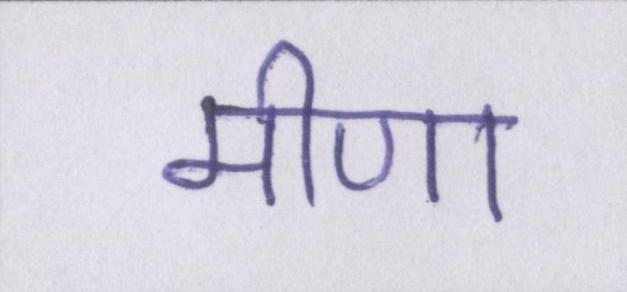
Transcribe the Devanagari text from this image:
मीणा